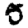
Digit: 5